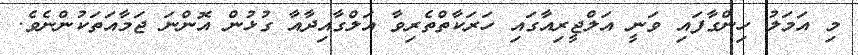
މި އަމަލު ހިންގާފައި ވަނީ އަލްޖީރިއާގައި ހަރަކާތްތެރިވާ އަލްގާއިދާއާ ގުޅުން އޮންނަ ޖަމާއަތަކުންނެވެ.